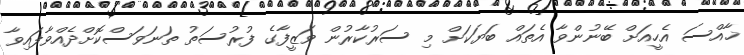
ޚާއްސަ އެހީއަށް ބޭނުންވާ އެތައް ބަޔަކަށް މި ސަރުކާރުން ވަޒީފާގެ ފުރުސަތު ތަނަވަސްކޮށްދެއްވާފައިވާ